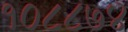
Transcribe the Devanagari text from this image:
१०८८७४